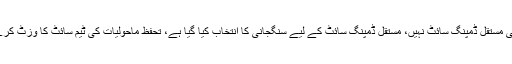
چیئرمین سی ڈی اے نے کہا کہ بدقسمتی سے اسلام آباد میں کوئی مستقل ڈمپنگ سائٹ نہیں، مستقل ڈمپنگ سائٹ کے لیے سنگجانی کا انتخاب کیا گیا ہے، تحفظ ماحولیات کی ٹیم سائٹ کا وزٹ کرے گی، ایک ماہ میں منصوبے کی تمام رکاوٹیں دور کر لیں گے۔